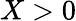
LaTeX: X>0